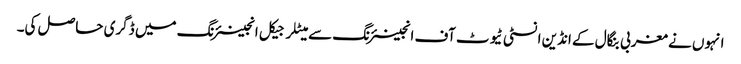
انہوں نے مغربی بنگال کے انڈین انسٹی ٹیوٹ آف انجینئرنگ سے میٹلرجیکل انجینئرنگ میں ڈگری حاصل کی۔